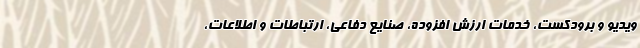
ویدیو و برودکست، خدمات ارزش افزوده، صنایع دفاعی، ارتباطات و اطلاعات،